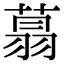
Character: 𦶑